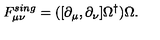
F _ { \mu \nu } ^ { s i n g } = ( [ \partial _ { \mu } , \partial _ { \nu } ] \Omega ^ { \dag } ) \Omega .